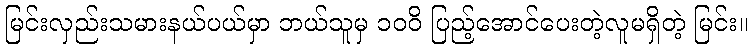
မြင်းလှည်းသမားနယ်ပယ်မှာ ဘယ်သူမှ ၁၀၀ိ ပြည့်အောင်ပေးတဲ့လူမရှိတဲ့ မြင်း။